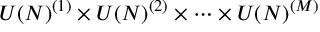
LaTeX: U ( N ) ^ { ( 1 ) } \times U ( N ) ^ { ( 2 ) } \times \cdots \times U ( N ) ^ { ( M ) }